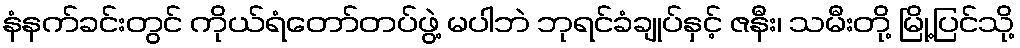
နံနက်ခင်းတွင် ကိုယ်ရံတော်တပ်ဖွဲ့ မပါဘဲ ဘုရင်ခံချုပ်နှင့် ဇနီး၊ သမီးတို့ မြို့ပြင်သို့